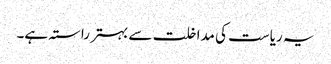
یہ ریاست کی مداخلت سے بہتر راستہ ہے۔